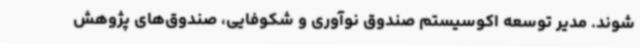
شوند. مدیر توسعه اکوسیستم صندوق نوآوری و شکوفایی، صندوق‌های پژوهش